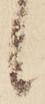
候